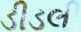
ડીડલી